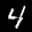
Label: 4